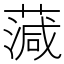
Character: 𦺘